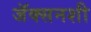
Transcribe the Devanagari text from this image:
जॅक्सनशी